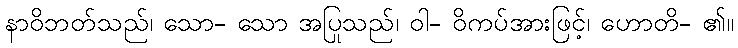
နာဝိဘတ်သည်၊ သော- သော အပြုသည်၊ ဝါ- ဝိကပ်အားဖြင့်၊ ဟောတိ- ၏။